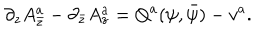
\partial _ { z } A _ { \bar { z } } ^ { a } - \partial _ { \bar { z } } A _ { z } ^ { a } = Q ^ { a } ( \psi , \bar { \psi } ) - v ^ { a } .